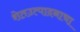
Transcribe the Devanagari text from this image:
शेतउत्पादनाचा